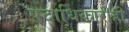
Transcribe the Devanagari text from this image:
पदाधिकारीही